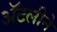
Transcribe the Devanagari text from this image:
अॅटलीने